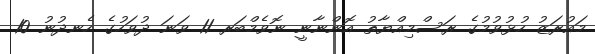
މައުރަޒު ހުޅުވުމުގެ ރަސްމިއްޔާތު އޮންނާނީ ނޮވެމްބަރ 11 ވަނަ ދުވަހުގެ ހެނދުނު 10